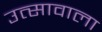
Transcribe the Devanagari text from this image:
उत्सावाला